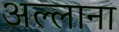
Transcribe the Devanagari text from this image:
अल्लाना